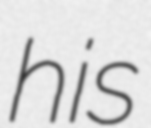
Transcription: his